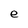
Character: e